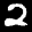
Label: 2